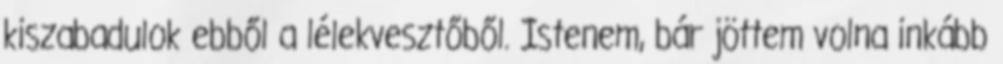
kiszabadulok ebből a lélekvesztőből. Istenem, bár jöttem volna inkább